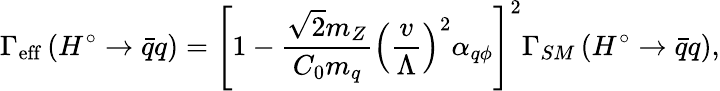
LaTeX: \Gamma_{\mathrm{{eff}}}\left(H^{\circ}\rightarrow\bar{q}q\right)=\left[1-\frac{\sqrt{2}m_{Z}}{C_{0}m_{q}}\left(\frac v\Lambda\right)^{2}\alpha_{q\phi}\right]^{2}\Gamma_{SM}\left(H^{\circ}\rightarrow\bar{q}q\right),